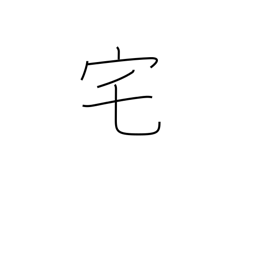
Meaning: home